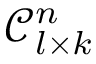
\mathcal { C } _ { l \times k } ^ { n }